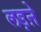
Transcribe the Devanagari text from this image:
लड़ऩे